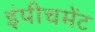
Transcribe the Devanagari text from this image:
इंपीचमेंट